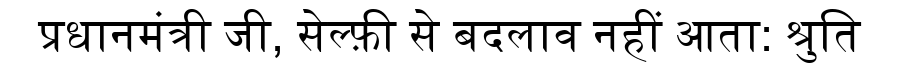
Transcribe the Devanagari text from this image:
प्रधानमंत्री जी, सेल्फ़ी से बदलाव नहीं आता: श्रुति